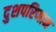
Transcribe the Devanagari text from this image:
दुशपरिणाम